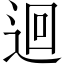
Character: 迴